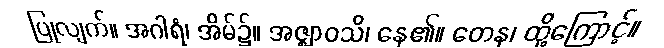
ပြုလျက်။ အဂါရံ၊ အိမ်၌။ အဇ္ဈာဝသိ၊ နေ၏။ တေန၊ ထို့ကြောင့်။